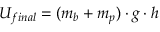
U _ { f i n a l } = ( m _ { b } + m _ { p } ) \cdot g \cdot h